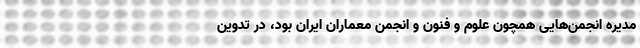
مدیره انجمن‌هایی همچون علوم و فنون و انجمن معماران ایران بود، در تدوین